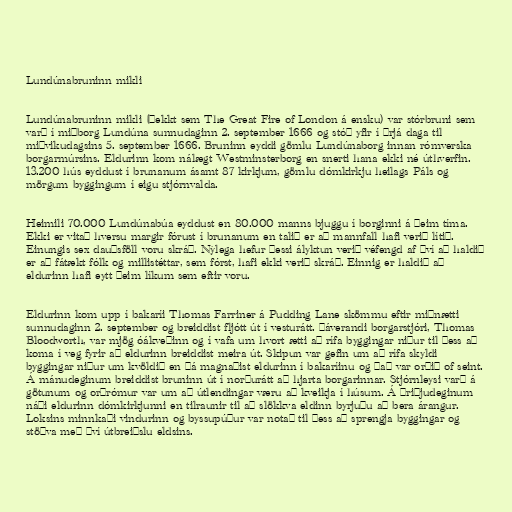
Lundúnabruninn mikli

Lundúnabruninn mikli (þekkt sem The Great Fire of London á ensku) var stórbruni sem
varð í miðborg Lundúna sunnudaginn 2. september 1666 og stóð yfir í þrjá daga til
miðvikudagsins 5. september 1666. Bruninn eyddi gömlu Lundúnaborg innan rómverska
borgarmúrsins. Eldurinn kom nálægt Westminsterborg en snerti hana ekki né úthverfin.
13.200 hús eyddust í brunanum ásamt 87 kirkjum, gömlu dómkirkju heilags Páls og
mörgum byggingum í eigu stjórnvalda.

Heimili 70.000 Lundúnabúa eyddust en 80.000 manns bjuggu í borginni á þeim tíma.
Ekki er vitað hversu margir fórust í brunanum en talið er að mannfall hafi verið lítið.
Einungis sex dauðsföll voru skráð. Nýlega hefur þessi ályktun verið véfengd af því að haldið
er að fátækt fólk og millistéttar, sem fórst, hafi ekki verið skráð. Einnig er haldið að
eldurinn hafi eytt þeim líkum sem eftir voru.

Eldurinn kom upp í bakaríi Thomas Farriner á Pudding Lane skömmu eftir miðnætti
sunnudaginn 2. september og breiddist fljótt út í vesturátt. Þáverandi borgarstjóri, Thomas
Bloodworth, var mjög óákveðinn og í vafa um hvort ætti að rífa byggingar niður til þess að
koma í veg fyrir að eldurinn breiddist meira út. Skipun var gefin um að rífa skyldi
byggingar niður um kvöldið en þá magnaðist eldurinn í bakaríinu og það var orðið of seint.
Á mánudeginum breiddist bruninn út í norðurátt að hjarta borgarinnar. Stjórnleysi varð á
götunum og orðrómur var um að útlendingar væru að kveikja í húsum. Á þriðjudeginum
náði eldurinn dómkirkjunni en tilraunir til að slökkva eldinn byrjuðu að bera árangur.
Loksins minnkaði vindurinn og byssupúður var notað til þess að sprengja byggingar og
stöðva með því útbreiðslu eldsins.